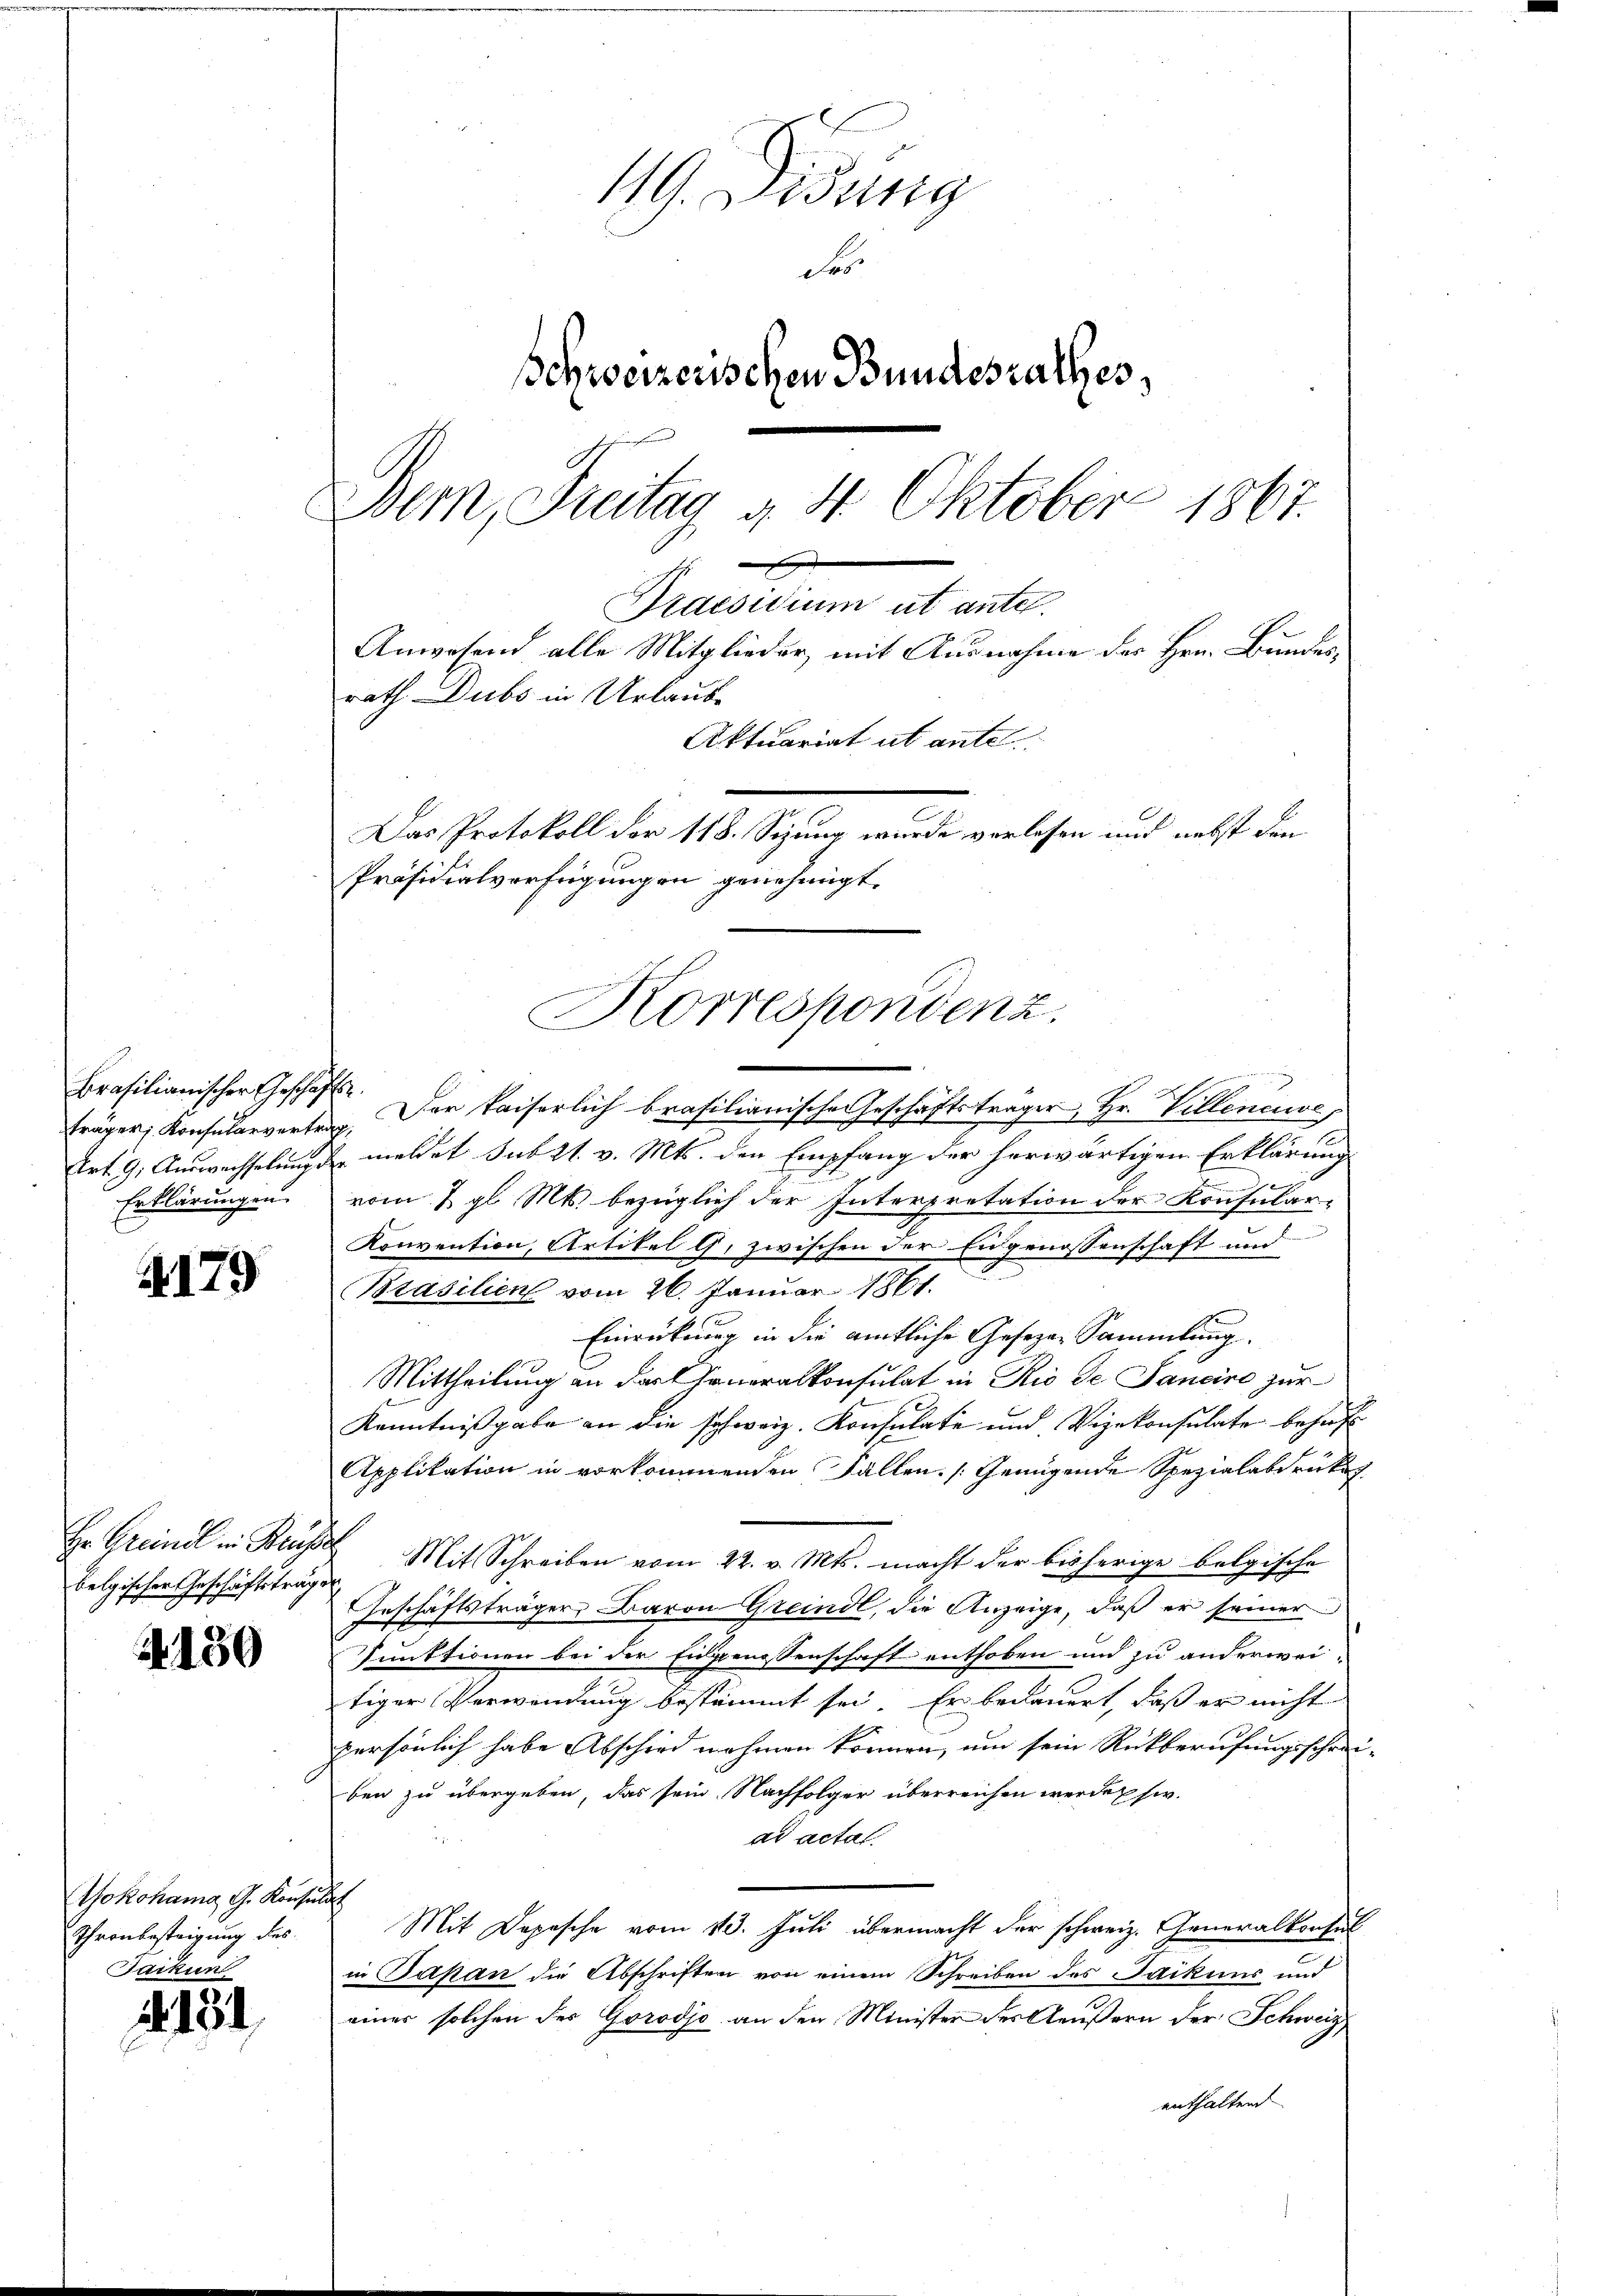
Brasilianischer Geschäfte.
Erklärungen.

179

belgischer Geschäftsträger.

2130

Wokohama G. Konsulat
Thronbesteigung des
Tarkun

2131

119. Didung
Fes
schweizerischen Bundesrathes,
Bem, Freitag 4. Oktober 1867.

Praesidium ut ante.
Anwesend alle Mitglieder, mit Ausnahme des Hrn. Bundes-
rath Dubs in Urlaub-

Aktuariat ut ante
Das Protokoll der 118. Sizung wurde verlesen und nebst den
Präsidialverfügungen genehmigt.
Korrespondenz.

n

fräger Konsularvertrag. Der kaiserlich brasilianische Geschäftsträger, Hr. Villeneuve,
s
Art. 9. Auswechselung meldet sub 21. v. Mts. den Empfang der herwärtigen Erklärung
x
vom 2. gl. Mts. bezüglich der Interpretation der Konsular-
e
Konvention, Artikel G. zwischen der Eidgenossenschaft und
Brasilien vom 26. Januar 1861.
Einrückung in die amtliche Geseze Sammlung.
Mittheilung an darf jeneralkonsulat in Rio de Janeine zur
Kenntnißgabe an die schweiz. Konsulate und Vizekonsulate behaft
Applikation in vorkommenden Fällen [Genügende Spezialabdrüke
Hr. Greind in Besse Mit Schreiben vom 22. v. Mts. macht der bisherige belgische
Geschäftsträger Baron Greindl, die Anzeige, daß er seiner
Punktionen bei der Eidgenossenschaft enthoben und zu anderwei-
tiger Verwendung bestimmt sei. Er bedauert, daß er nicht
persönlich habe Abschied nehmen können, um sein Rückberufungsschreiben zu übergeben, das sein Nachfolger überreichen werden siv.
ad actat.
Mit Depesche vom 13. Juli übermacht der schweiz. Generalkonsul
in Jakan die Abschriften von einem Schreiben des Jaikums und
einer solchen der Gorodje an den Minister des Aeußern der Schweiz
enthaltend